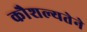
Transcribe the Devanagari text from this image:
कौशल्यतेने